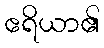
ဧရိယာ၏